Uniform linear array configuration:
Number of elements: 16
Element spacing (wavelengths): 1
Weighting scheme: hann
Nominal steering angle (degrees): -30
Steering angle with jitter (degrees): -29.102
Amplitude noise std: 0.05
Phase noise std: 0.05

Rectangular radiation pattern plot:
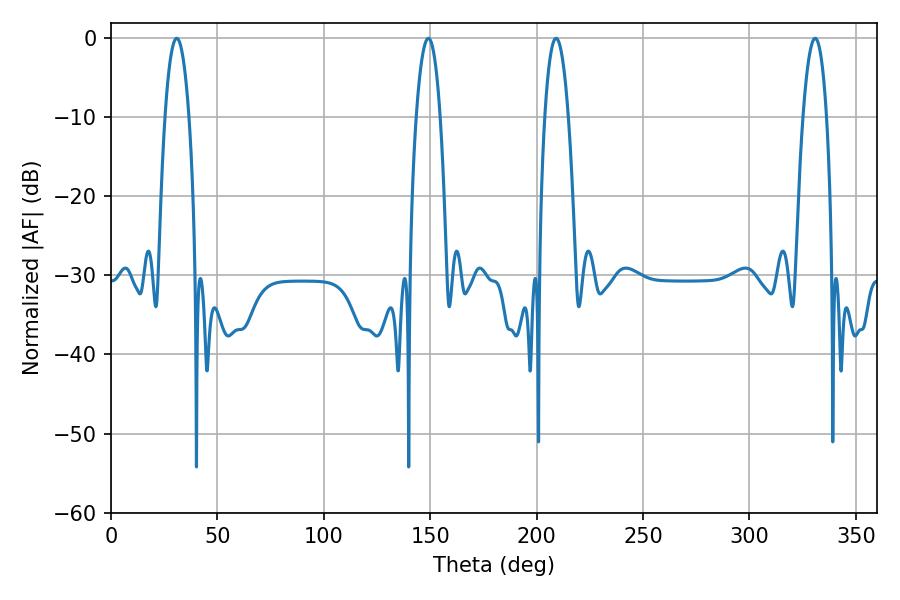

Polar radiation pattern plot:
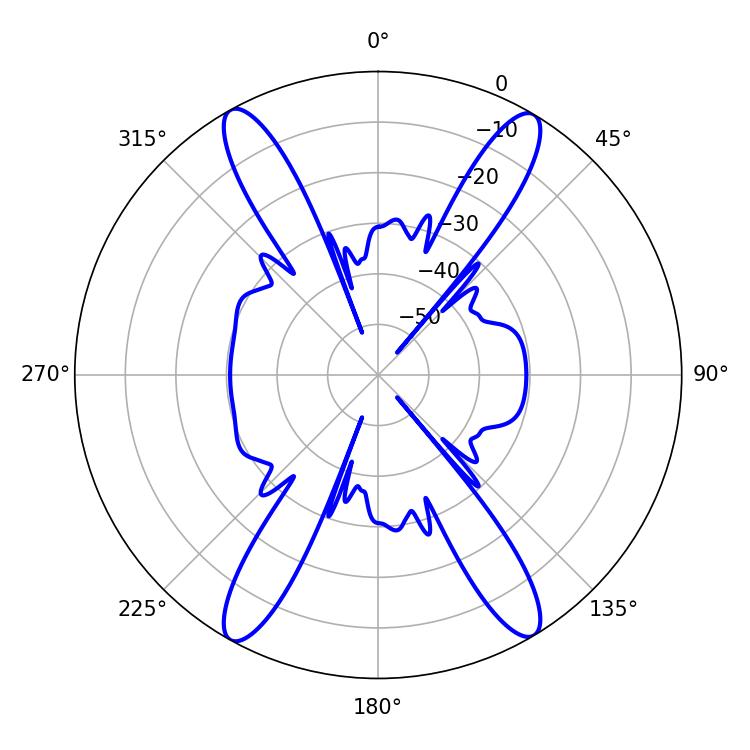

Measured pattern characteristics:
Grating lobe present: TRUE
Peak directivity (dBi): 24.442
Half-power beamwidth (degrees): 6.12
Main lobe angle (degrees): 209.16